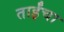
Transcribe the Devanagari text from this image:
ताईंचा